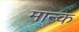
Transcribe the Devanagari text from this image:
मान्क